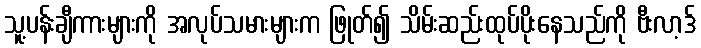
သူ့ပန်းချီကားများကို အလုပ်သမားများက ဖြုတ်၍ သိမ်းဆည်းထုပ်ပိုးနေသည်ကို ဗီးလာ့ဒ်